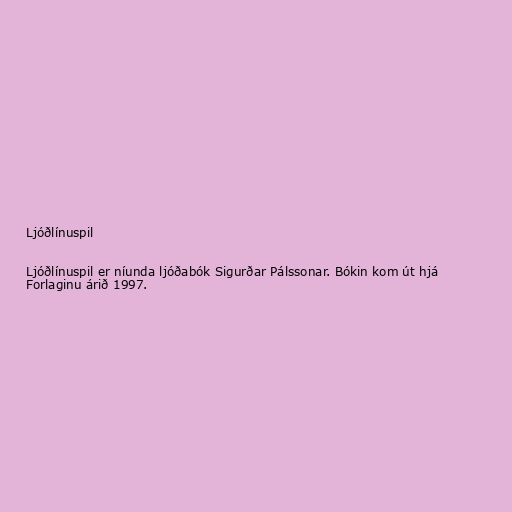
Ljóðlínuspil

Ljóðlínuspil er níunda ljóðabók Sigurðar Pálssonar. Bókin kom út hjá
Forlaginu árið 1997.